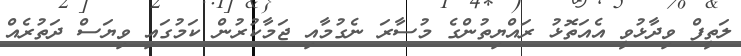
ލަތީފް ވިދާޅުވީ އެއަތޮޅު ރައްޔިތުންގެ މުސާރަ ނެގުމާއި ޖަމާކުރުން ކަމުގައި ވިޔަސް ދަތުރެއް